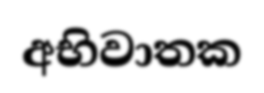
අභිවාතක